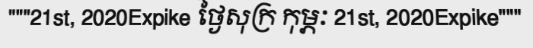
"""21st, 2020Expike ថ្ងៃសុក្រ កុម្ភៈ 21st, 2020Expike"""